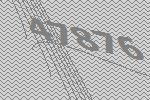
47876